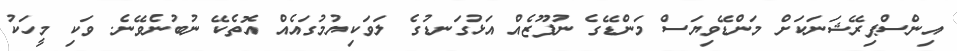
އިންސްޕިރޭޝަނަކަށް މަންޑޭވިޔަސް މަންޑޭގެ ނުފޫޒެއް އަޅުގަނޑުގެ ލަވަކިޔުމުގައެއް އޮތެކޭ ނުބުނެވޭނެ. ވަކި މީހަކު